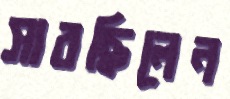
সারছিলেন